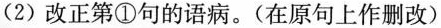
(2)改正第①句的语病。(在原句上作删改)